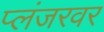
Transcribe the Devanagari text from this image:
प्लंजरवर